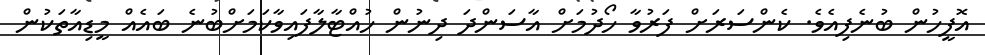
އޮފީހުން ބުނެފިއެވެ. ކެންސަރަށް ފަރުވާ ހޯދުމަށް އާސަންދަ ދިނުން ހުއްޓާލާފައިވާކަމަށްބުނެ ބައެއް މީޑިއާތަކުން